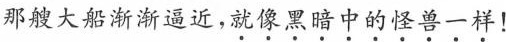
那艘大船渐渐逼近，就像黑暗中的怪兽一样！